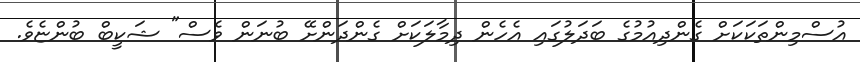
އުސްމިންތަކަކަށް ގެންދިއުމުގެ ބަދަލުގައި އެހެން ދިމާލަކަށް ގެންދަންށޭ ބުނަން ވެސް" ޝަކީބް ބުންޏެވެ.